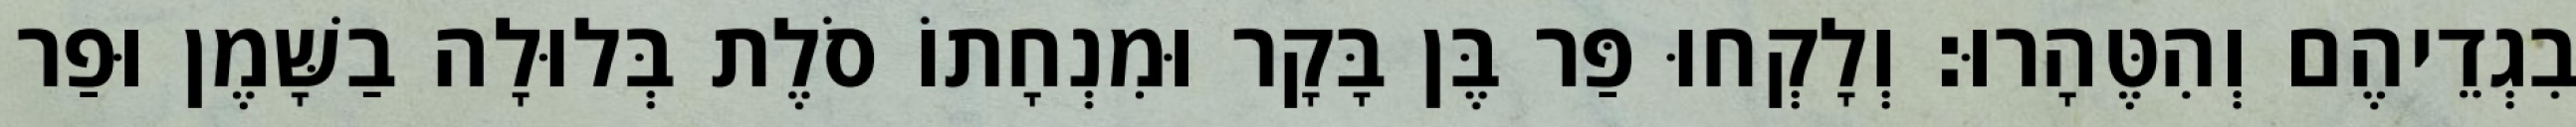
בִגְדֵיהֶם וְהִטֶּהָרוּ׃ וְלָקְחוּ פַּר בֶּן בָּקָר וּמִנְחָתוֹ סֹלֶת בְּלוּלָה בַשָּׁמֶן וּפַר